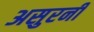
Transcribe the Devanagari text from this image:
असुरनी